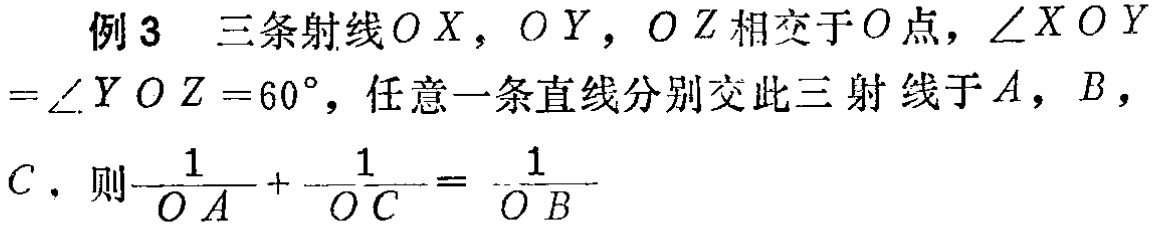
例3 三条射线 \(OX\)，\(OY\)，\(OZ\) 相交于 \(O\) 点，\(\angle XOY=\angle YOZ = 60^{\circ}\)，任意一条直线分别交此三射线于 \(A\)，\(B\)，\(C\)，则\(\frac{1}{OA}+\frac{1}{OC}=\frac{1}{OB}\)